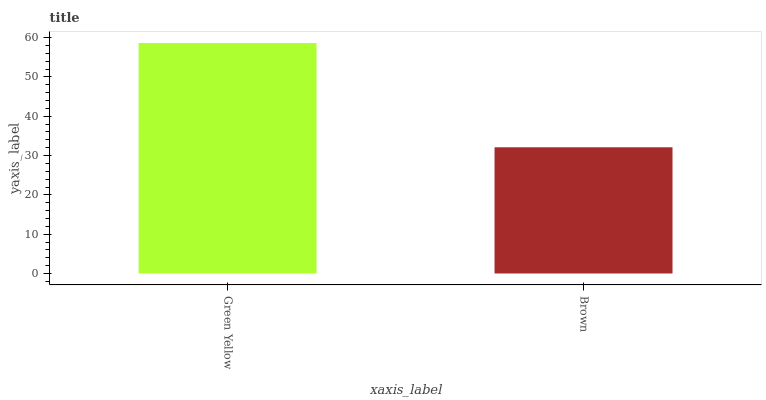
| xaxis_label | bars |
 | --- | --- |
 | Green Yellow | 58.6 |
 | Brown | 32.1 |